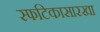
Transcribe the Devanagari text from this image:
स्फटिकासारखा